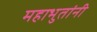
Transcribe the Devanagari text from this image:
महाभुतांनी